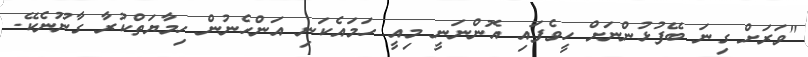
"ވަރަށް ގިނަ ބޭފުޅުންނަށް ހީވެފައި އޮންނަނީ މިއީ ހަމައެކަނި އަންހެނުން ހިމާޔަތްކުރާ ގާނޫނެކޭ.